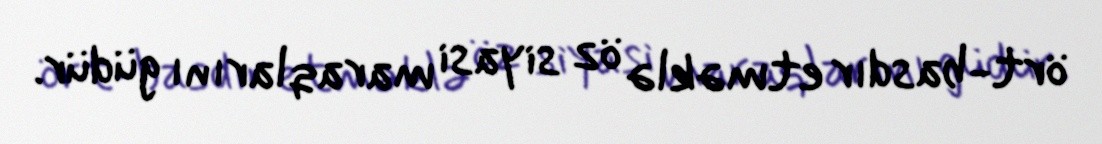
ört-basdır etməklə öz siyasi maraqlarını güdür.